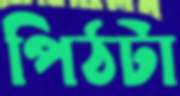
পিঠটা